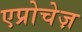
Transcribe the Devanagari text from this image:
एप्रोचेज़